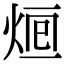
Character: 𤉑